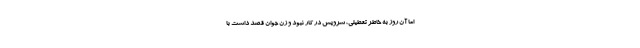
اما آن روز به خاطر تعطیلی، سرویس در کار نبود و زن جوان قصد داشت با